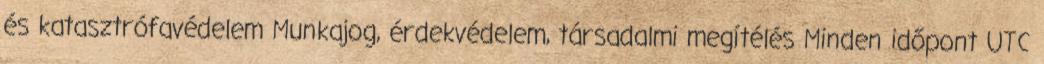
és katasztrófavédelem Munkajog, érdekvédelem, társadalmi megítélés Minden időpont UTC